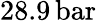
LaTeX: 28.9\, \mathrm{bar}